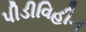
પીડીવિહીન